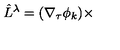
\hat { L } ^ { \lambda } = ( \nabla _ { \tau } \phi _ { k } ) \times